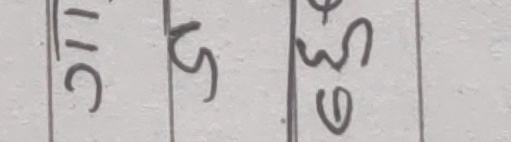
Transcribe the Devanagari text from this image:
१८ ५ ३६